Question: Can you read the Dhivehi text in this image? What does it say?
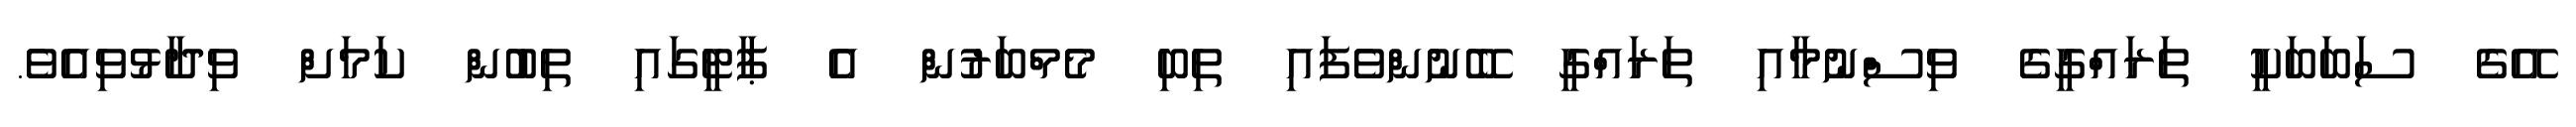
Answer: އޭގެ ސަބަބަކީ ތަރައްގީގެ ވިސްނުމާއި ތަރައްގީ ބޭނުންވެފައި ތިބި މެމްބަރުން އެ ޕާޓީގައި ތިބުން ކަމަށް ވިދާޅުވިއެވެ.